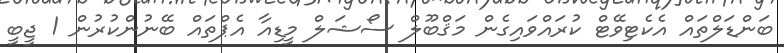
ބަންޑަލްތައް އެކެޓިވޭޓް ކުރައްވައިގެން މަޤްބޫލް ސޯޝަލް މީޑިއާ އެޕްތައް ބޭނުންކުރުން 1 ޖީބީ